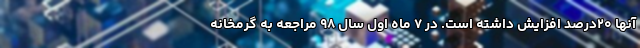
آنها ۲۰درصد افزایش داشته است. در ۷ ماه اول سال ۹۸ مراجعه به گرمخانه